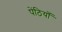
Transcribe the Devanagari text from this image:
पेंठियाँ